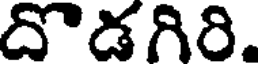
దొడగిరి.